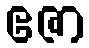
ဧဇာ